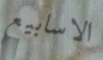
الاسابيع